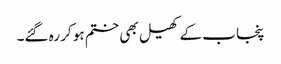
پنجاب کے کھیل بھی ختم ہو کر رہ گئے۔